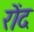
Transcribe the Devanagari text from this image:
रोंद